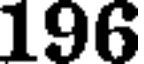
196